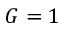
G = 1